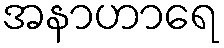
အနာဟာရေ